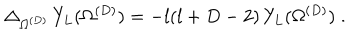
LaTeX: \Delta _ { \Omega ^ { ( { D } ) } } \, Y _ { L } ( \Omega ^ { ( { D } ) } ) = - l ( l + D - 2 ) \, Y _ { L } ( \Omega ^ { ( { D } ) } ) \; .